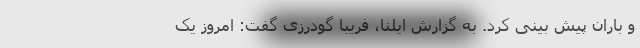
و باران پیش بینی کرد. به گزارش ایلنا، فریبا گودرزی گفت: امروز یک